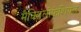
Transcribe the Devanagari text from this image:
मैक्सिलोफेशियल